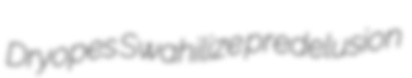
Dryopes Swahilize predelusion